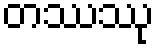
တဿဿု